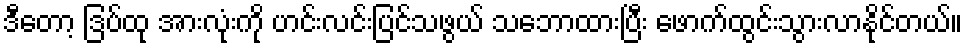
ဒီတော့ ဒြပ်ထု အားလုံးကို ဟင်းလင်းပြင်သဖွယ် သဘောထားပြီး ဖောက်ထွင်းသွားလာနိုင်တယ်။